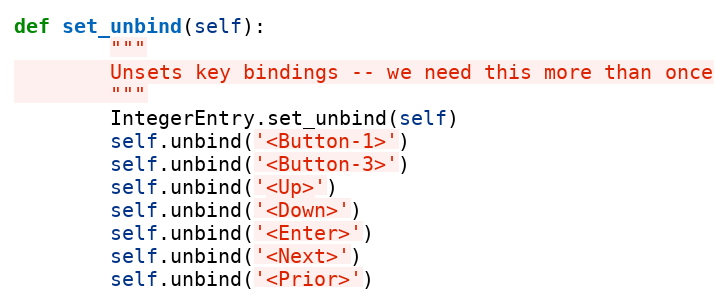
Language: Python
def set_unbind(self):
        """
        Unsets key bindings -- we need this more than once
        """
        IntegerEntry.set_unbind(self)
        self.unbind('<Button-1>')
        self.unbind('<Button-3>')
        self.unbind('<Up>')
        self.unbind('<Down>')
        self.unbind('<Enter>')
        self.unbind('<Next>')
        self.unbind('<Prior>')